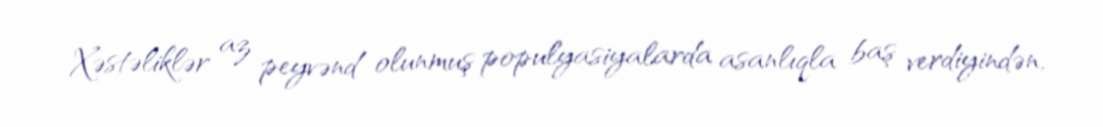
Xəstəliklər az peyvənd olunmuş populyasiyalarda asanlıqla baş verdiyindən,